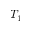
T _ { 1 }